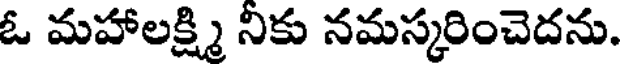
ఓ మహాలక్ష్మి నికు నమస్కరించెదను.